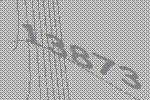
13873